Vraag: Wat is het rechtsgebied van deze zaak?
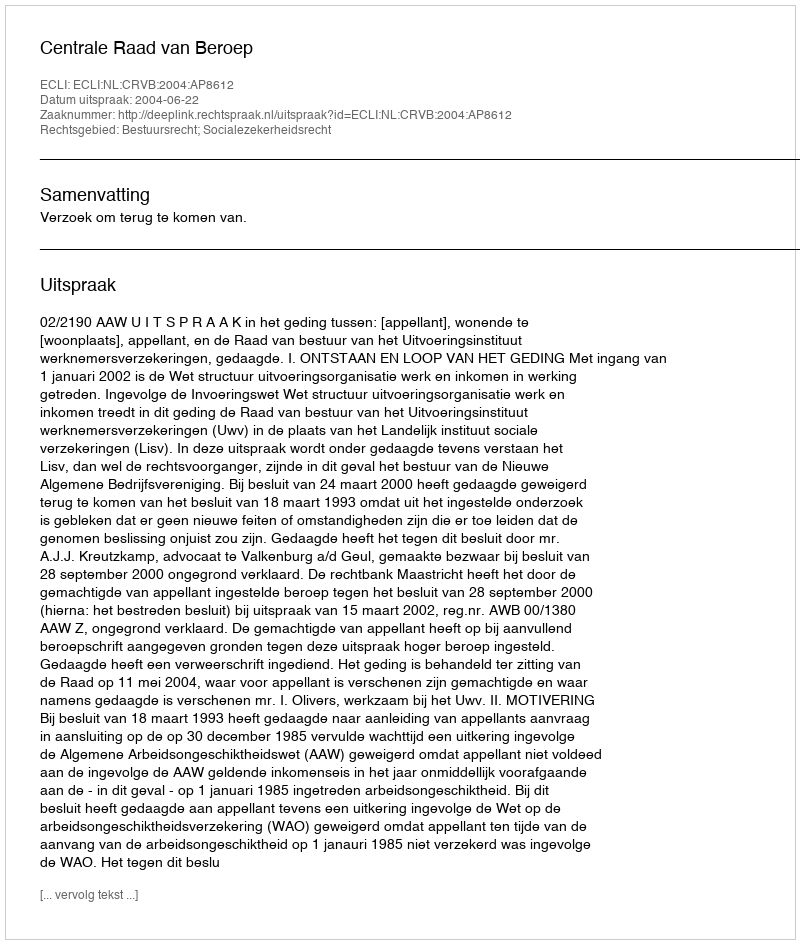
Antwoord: Bestuursrecht; Socialezekerheidsrecht